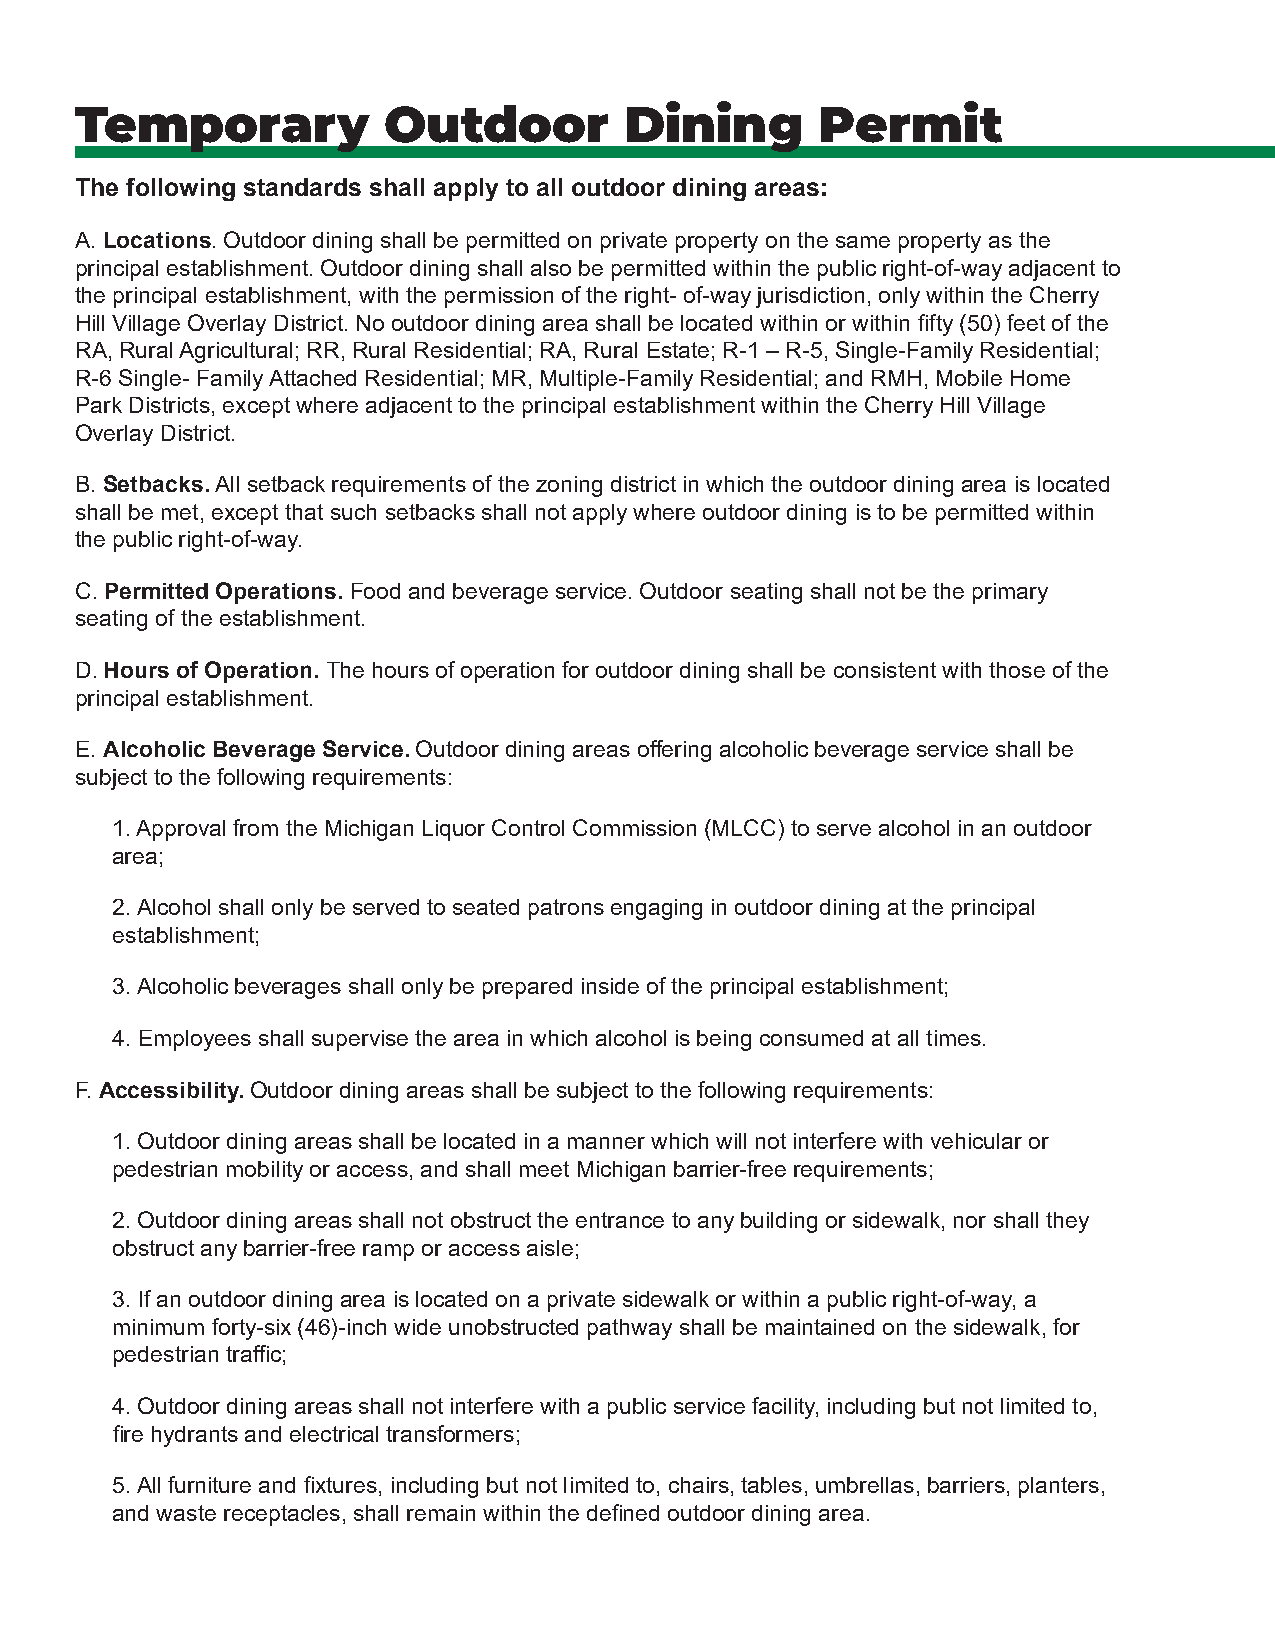
Temporary           Outdoor         Dining       Permit
 The following standards shall apply to all outdoor dining areas:
 A. Locations. Outdoor dining shall be permitted on private property on the same property as the
 principal establishment. Outdoor dining shall also be permitted within the public right-of-way adjacent to
 the principal establishment, with the permission of the right- of-way jurisdiction, only within the Cherry
 Hill Village Overlay District. No outdoor dining area shall be located within or within fi fty (50) feet of the
 RA, Rural Agricultural; RR, Rural Residential; RA, Rural Estate; R-1 – R-5, Single-Family Residential;
 R-6 Single- Family Attached Residential; MR, Multiple-Family Residential; and RMH, Mobile Home
 Park Districts, except where adjacent to the principal establishment within the Cherry Hill Village
 Overlay District.
 B. Setbacks. All setback requirements of the zoning district in which the outdoor dining area is located
 shall be met, except that such setbacks shall not apply where outdoor dining is to be permitted within
 the public right-of-way.
 C. Permitted Operations. Food and beverage service. Outdoor seating shall not be the primary
 seating of the establishment.
 D. Hours of Operation. The hours of operation for outdoor dining shall be consistent with those of the
 principal establishment.
 E. Alcoholic Beverage Service. Outdoor dining areas off ering alcoholic beverage service shall be
 subject to the following requirements:
 1. Approval from the Michigan Liquor Control Commission (MLCC) to serve alcohol in an outdoor
 area;
 2. Alcohol shall only be served to seated patrons engaging in outdoor dining at the principal
 establishment;
 3. Alcoholic beverages shall only be prepared inside of the principal establishment;
 4. Employees shall supervise the area in which alcohol is being consumed at all times.
 F. Accessibility. Outdoor dining areas shall be subject to the following requirements:
 1. Outdoor dining areas shall be located in a manner which will not interfere with vehicular or
 pedestrian mobility or access, and shall meet Michigan barrier-free requirements;
 2. Outdoor dining areas shall not obstruct the entrance to any building or sidewalk, nor shall they
 obstruct any barrier-free ramp or access aisle;
 3. If an outdoor dining area is located on a private sidewalk or within a public right-of-way, a
 minimum forty-six (46)-inch wide unobstructed pathway shall be maintained on the sidewalk, for
 pedestrian traffi c;
 4. Outdoor dining areas shall not interfere with a public service facility, including but not limited to,
 fi re hydrants and electrical transformers;
 5. All furniture and fi xtures, including but not limited to, chairs, tables, umbrellas, barriers, planters,
 and waste receptacles, shall remain within the defi ned outdoor dining area.